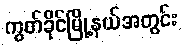
ကွတ်ခိုင်မြို့နယ်အတွင်း